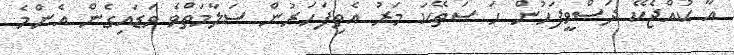
އާ ކުއްޖެކޭ ދަސްވީފަހުން ހަ ސަތޭކަ މަރު އެތިފަހަރުން ސަލާމަތްވެ ވަޑައިގެން އެންމެ